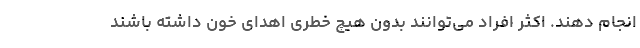
انجام دهند. اکثر افراد می‌توانند بدون هیچ خطری اهدای خون داشته باشند